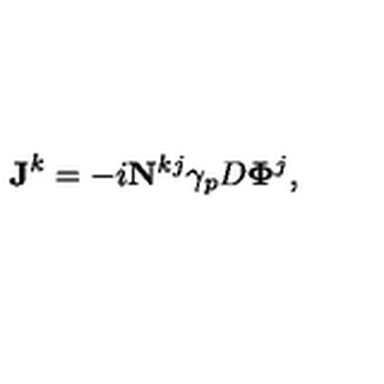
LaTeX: { \bf J } ^ { k } = - i { \bf N } ^ { k j } \gamma _ { p } D { \bf \Phi } ^ { j } ,